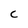
Character: c